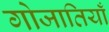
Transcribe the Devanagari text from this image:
गोजातियाँ